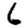
Digit: 6